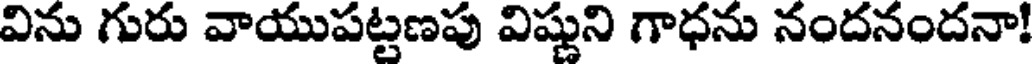
విను గురు వాయుపట్టణపు విష్ణుని గాధను నందనందనా!